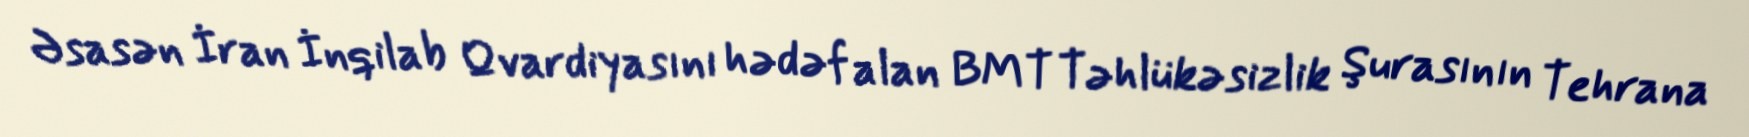
Əsasən İran İnqilab Qvardiyasını hədəf alan BMT Təhlükəsizlik Şurasının Tehrana